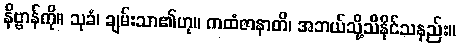
နိဗ္ဗာန်ကို။ သုခံ၊ ချမ်းသာ၏ဟု။ ကထံဇာနာတိ၊ အဘယ်သို့သိနိုင်သနည်း။